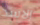
الاسد